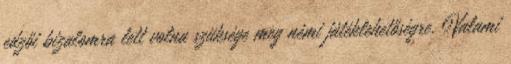
edzői bizalomra lett volna szüksége meg némi játéklehetőségre. Valami